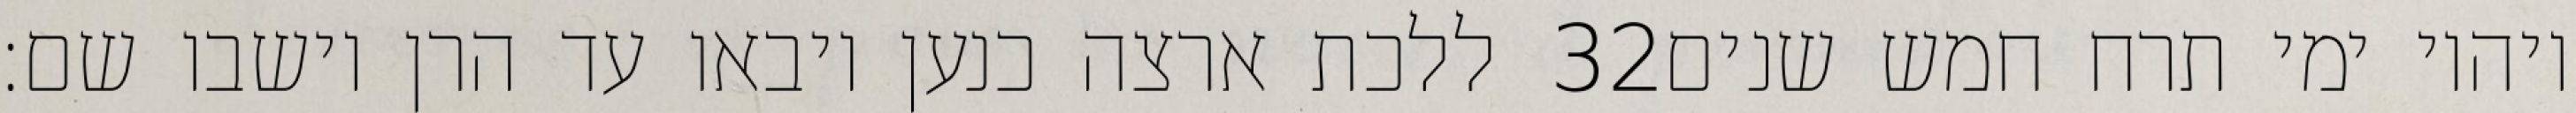
ללכת ארצה כנען ויבאו עד הרן וישבו שם׃ ‎32‏ ויהיו ימי תרח חמש שנים